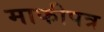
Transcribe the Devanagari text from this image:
माफीपत्र